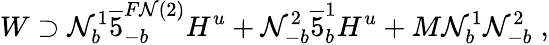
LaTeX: W\supset\mathcal{N}_{b}^{1}\overline{{{{5}}}}_{-b}^{F\mathcal{N}(2)}H^{u}+\mathcal{N}_{-b}^{2}\overline{{{{5}}}}_{b}^{1}H^{u}+M\mathcal{N}_{b}^{1}\mathcal{N}_{-b}^{2}\; ,